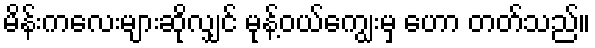
မိန်းကလေးများဆိုလျှင် မုန့်ဝယ်ကျွေးမှ ဟော တတ်သည်။